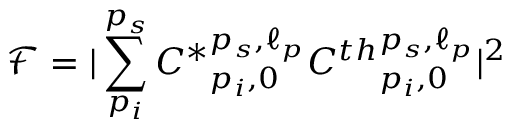
\mathcal { F } = | \sum _ { p _ { i } } ^ { p _ { s } } { C ^ { * } } _ { p _ { i } , 0 } ^ { p _ { s } , \ell _ { p } } C ^ { t h } { } _ { p _ { i } , 0 } ^ { p _ { s } , \ell _ { p } } | ^ { 2 }